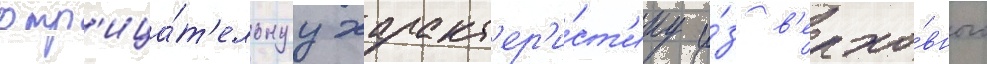
отр'ица́т'ельнуу характ'ер'и́ст'ику и́з в'ерхо́вного